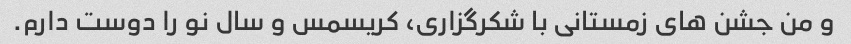
و من جشن های زمستانی با شکرگزاری، کریسمس و سال نو را دوست دارم.